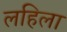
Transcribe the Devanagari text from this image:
लहिला